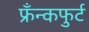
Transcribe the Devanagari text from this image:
फ्रँन्कफुर्ट